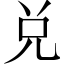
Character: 兑